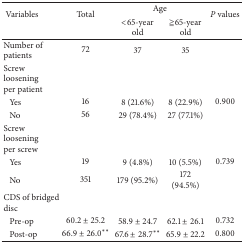
| <ROWSPAN=2> Variables | <ROWSPAN=2> Total | <COLSPAN=2> Age | <ROWSPAN=2> P values |
 | <65-year old | ≧65-year old |
 | --- | --- | --- | --- | --- |
 | Number of patients | 72 | 37 | 35 |  |
 | Screw loosening per patient |  |  |  |  |
 | Yes | 16 | 8 (21.6%) | 8 (22.9%) | 0.900 |
 | No | 56 | 29 (78.4%) | 27 (77.1%) |  |
 | Screw loosening per screw |  |  |  |  |
 | Yes | 19 | 9 (4.8%) | 10 (5.5%) | 0.739 |
 | No | 351 | 179 (95.2%) | 172 (94.5%) |  |
 | CDS of bridged disc |  |  |  |  |
 | Pre-op | 60.2 ± 25.2 | 58.9 ± 24.7 | 62.1 ± 26.1 | 0.732 |
 | Post-op | 66.9 ± 26.0** | 67.6 ± 28.7** | 65.9 ± 22.2 | 0.800 |